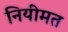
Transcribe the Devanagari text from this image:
नियीमत